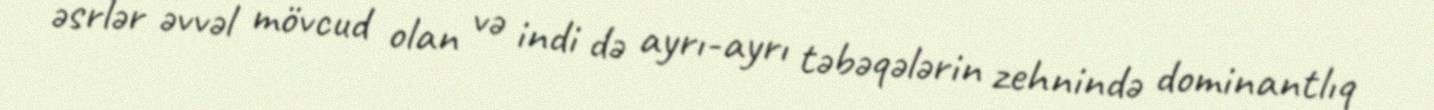
əsrlər əvvəl mövcud olan və indi də ayrı-ayrı təbəqələrin zehnində dominantlıq